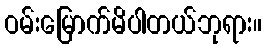
ဝမ်းမြောက်မိပါတယ်ဘုရား။